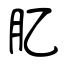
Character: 肊